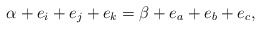
\begin{align*}\alpha+e_i+e_j+e_k=\beta+e_a+e_b+e_c,\end{align*}